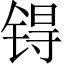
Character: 锝